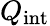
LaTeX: Q_{\textrm{int}}